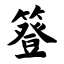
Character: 簦